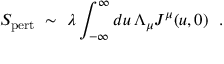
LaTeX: S _ { \mathrm { p e r t } } \ \sim \ \lambda \int _ { - \infty } ^ { \infty } d u \, \Lambda _ { \mu } J ^ { \mu } ( u , 0 ) \ \ .